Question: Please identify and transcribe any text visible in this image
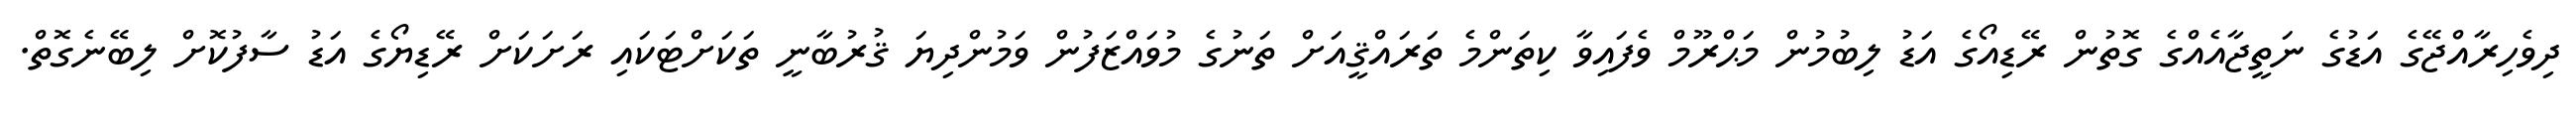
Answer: ދިވެހިރާއްޖޭގެ އަޑުގެ ނަތީޖާއެއްގެ ގޮތުން ރޭޑިއޯގެ އަޑު ލިބުމުން މަޙްރޫމް ވެފައިވާ ކިތަންމެ ތަރައްޤީއަށް ތަނުގެ މުވައްޒަފުން ވަމުންދިޔަ ޤުރުބާނީ ތަކަށްޓަކައި ރަށަކަށް ރޭޑިޔޯގެ އަޑު ސާފުކޮށް ލިބޭނެގޮތް.